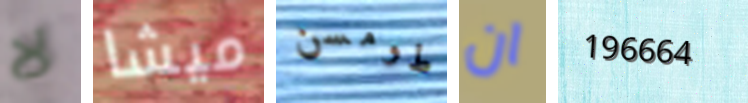
لا ميشا طومسن ان 196664